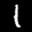
Label: 1